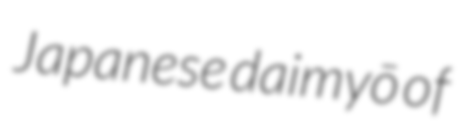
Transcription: Japanese daimyō of